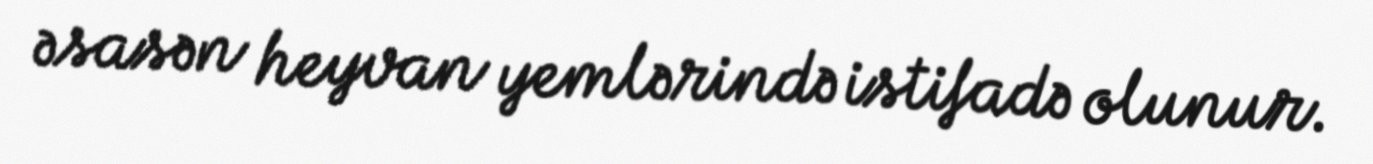
əsasən heyvan yemlərində istifadə olunur.